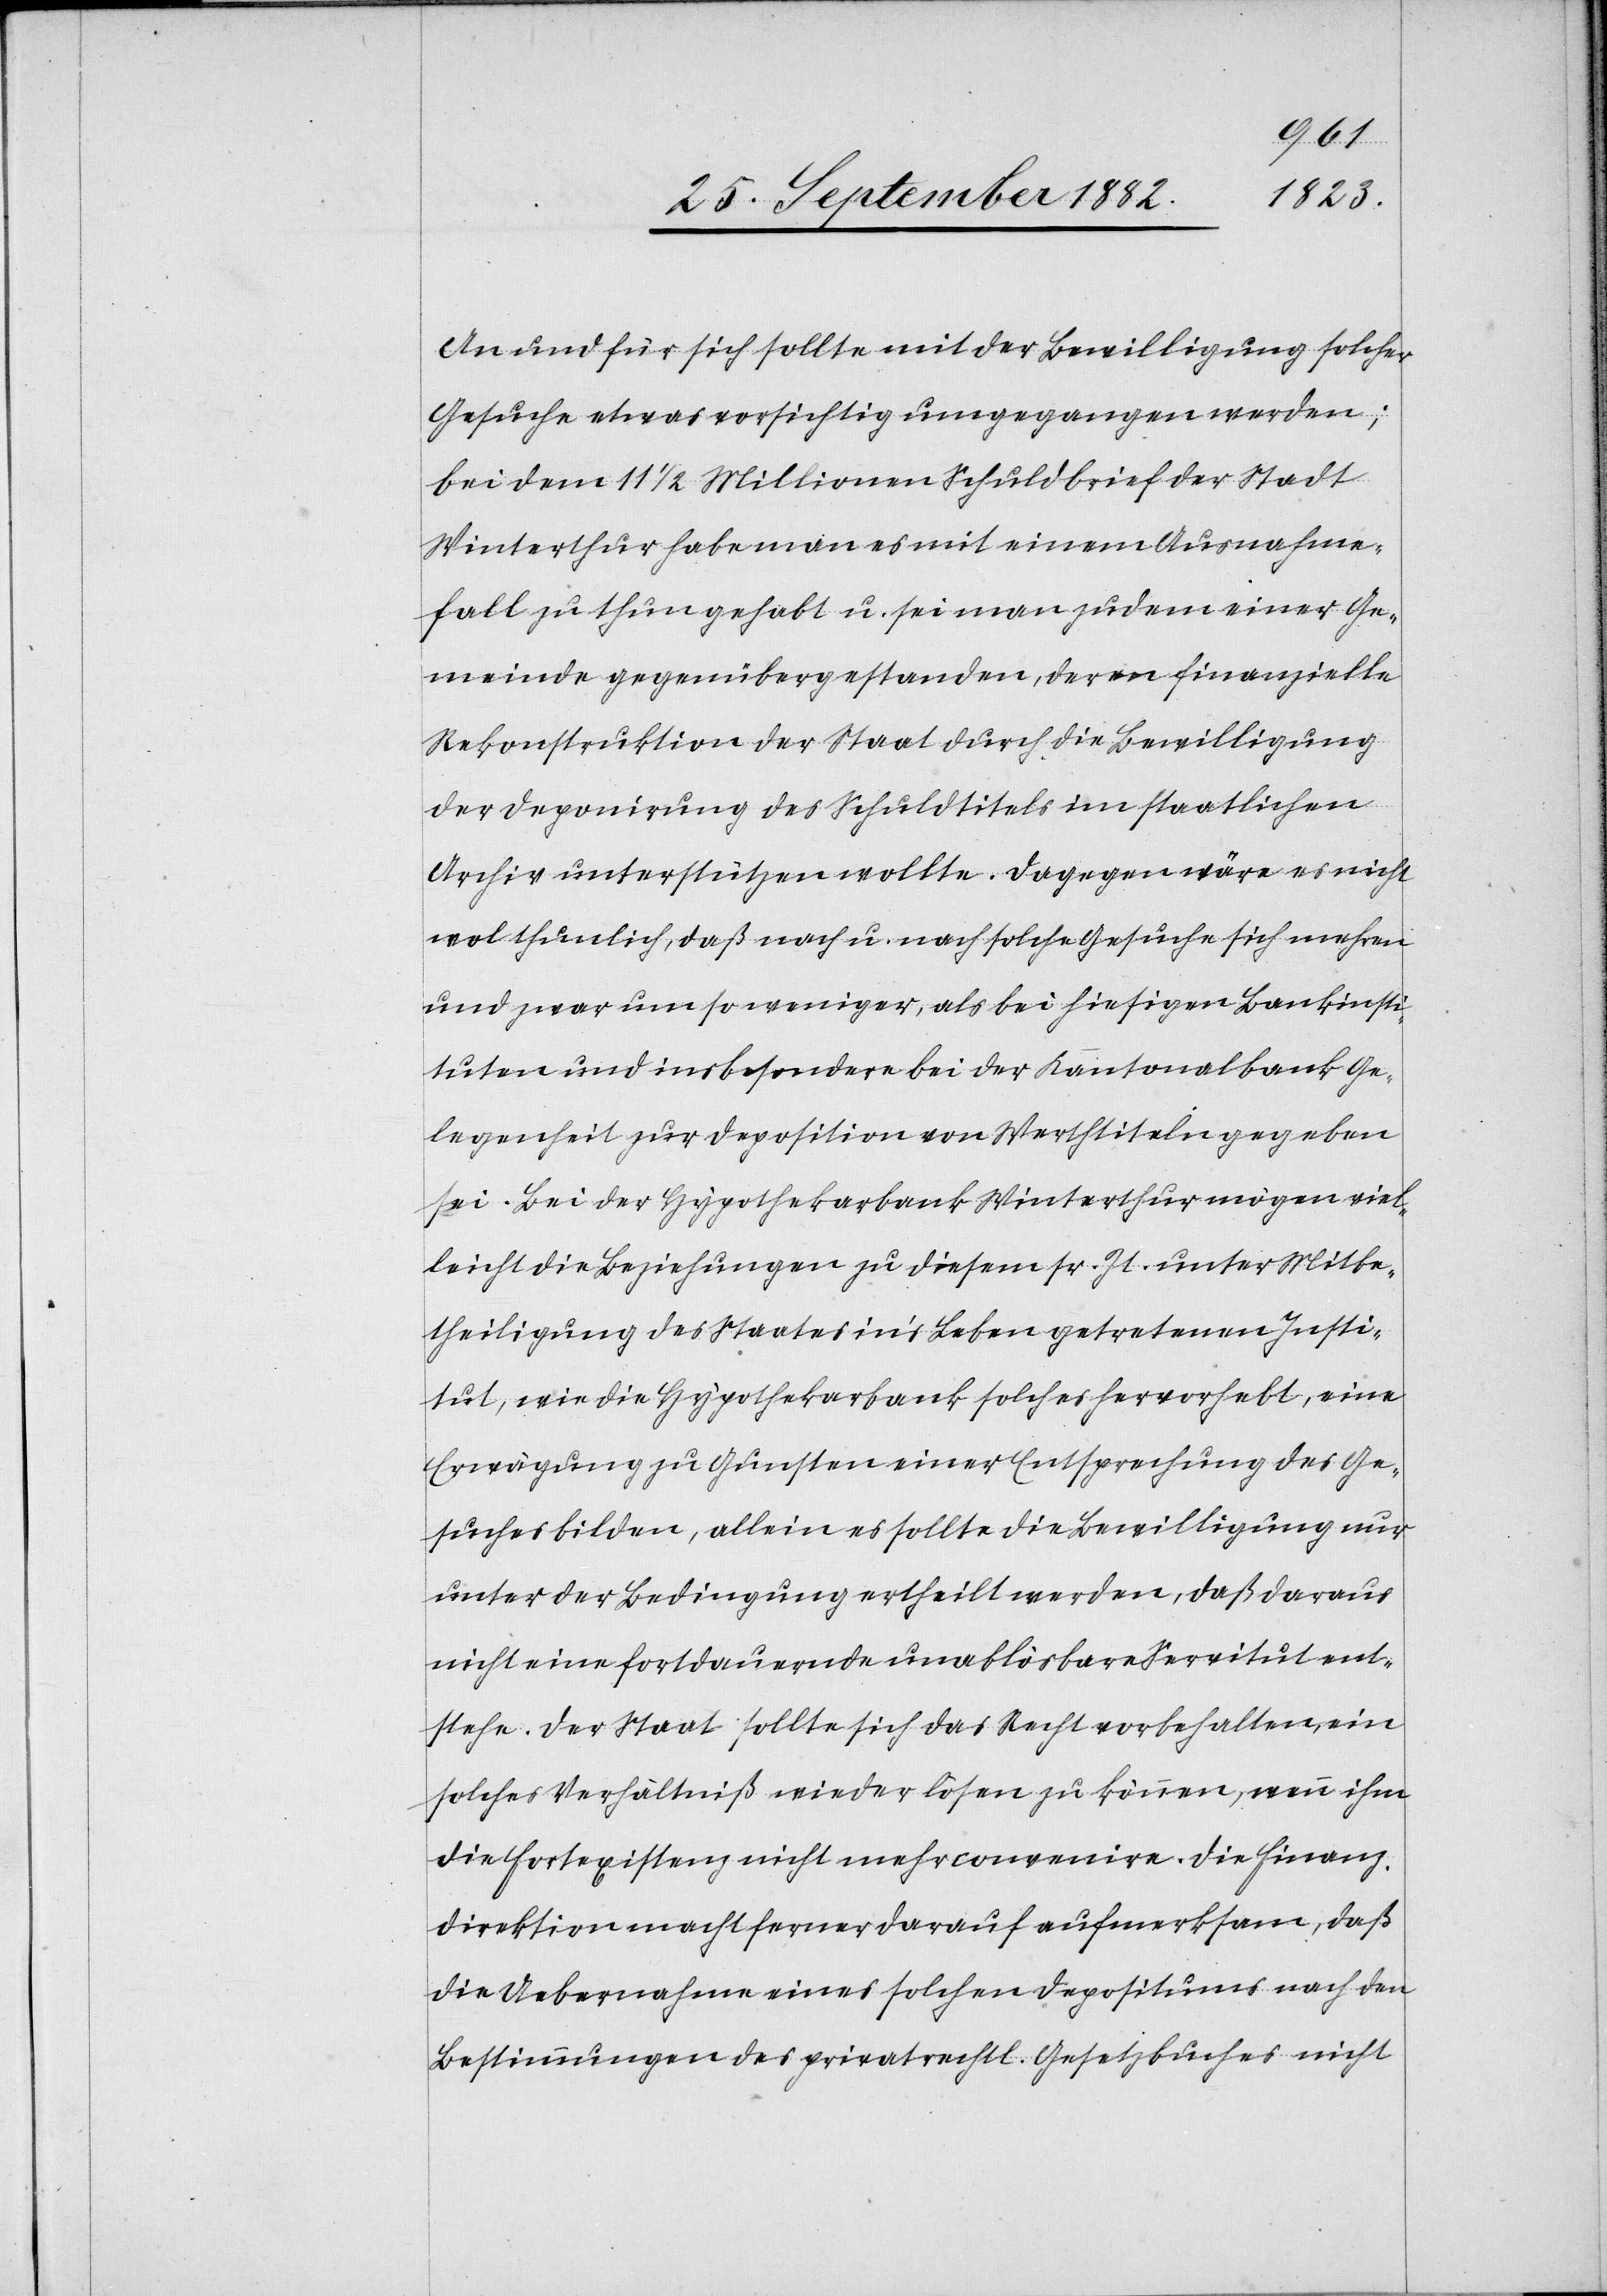
An und für sich sollte mit der Bewilligung solcher
Gesuche etwas vorsichtig umgegangen werden;
bei dem 11 1/2 Millionen Schuldbrief der Stadt
Winterthur habe man es mit einem Ausnahme¬
fall zu thun gehabt u. sei man zudem einer Ge¬
meinde gegenübergestanden, deren finanzielle
Rekonstruktion der Staat durch die Bewilligung
der Deponirung des Schuldtitels im staatlichen
Archiv unterstützen wollte. Dagegen wäre es nicht
wol thunlich, daß nach u. nach solche Gesuche sich mehren
und zwar um so weniger, als bei hiesigen Bankinsti¬
tuten und insbesondere bei der Kantonalbank Ge¬
legenheit zur Deposition von Werthtiteln gegeben
sei. Bei der Hypothekarbank Winterthur mögen viel¬
leicht die Beziehungen zu diesem sr. Zt. unter Mitbe¬
theiligung des Staates in’s Leben getretenen Insti¬
tut, wie die Hypothekarbank solche hervorhebt, eine
Erwägung zu Gunsten einer Entsprechung des Ge¬
suches bilden, allein es sollte die Bewilligung nur
unter der Bedingung ertheilt werden, daß daraus
nicht eine fortdauernde unablösbare Servitut ent¬
stehe. Der Staat sollte sich das Recht vorbehalten, ein
solches Verhältniß wieder lösen zu können, wenn ihm
die Fortexistenz nicht mehr convenire. Die Finanz¬
direktion macht ferner darauf aufmerksam, daß
die Uebernahme eines solchen Depositums nach den
Bestimmungen des privatrechtl. Gesetzbuches nichts